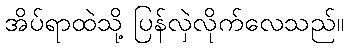
အိပ်ရာထဲသို့ ပြန်လှဲလိုက်လေသည်။